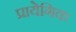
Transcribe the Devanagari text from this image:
प्रायेगिक